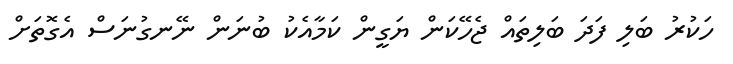
ހަކުރު ބަލި ފަދަ ބަލިތައް ޖެހޭކަން ޔަގީން ކަމާއެކު ބުނަން ނޭނގުނަސް އެގޮތަށް